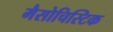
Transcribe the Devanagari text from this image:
मैसोचिस्टिक